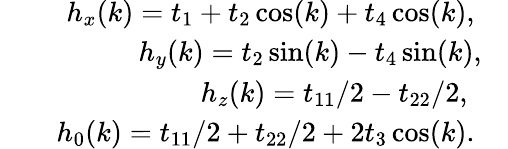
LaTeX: \begin{array}{rlr}&{}&{h_{x}(k)=t_{1}+t_{2}\cos(k)+t_{4}\cos(k),~~~~}\\ &{}&{h_{y}(k)=t_{2}\sin(k)-t_{4}\sin(k),~~~}\\ &{}&{h_{z}(k)=t_{11}/2-t_{22}/2,~~~~~}\\ &{}&{h_{0}(k)=t_{11}/2+t_{22}/2+2t_{3}\cos(k).~~~~}\end{array}